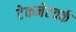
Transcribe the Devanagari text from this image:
टेकनेटवर्क